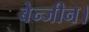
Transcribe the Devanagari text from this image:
बेन्जीन।